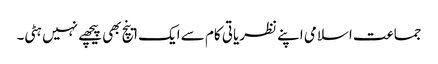
جماعت اسلامی اپنے نظریاتی کام سے ایک اینچ بھی پیچھے نہیں ہٹی۔